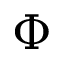
\Phi